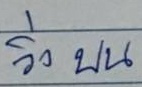
วิ่งบน